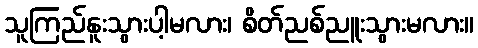
သူကြည်နူးသွားပါ့မလား၊ စိတ်ညစ်ညူးသွားမလား။